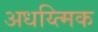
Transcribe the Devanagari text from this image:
अधय्त्मिक